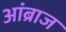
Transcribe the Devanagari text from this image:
आंब्राज